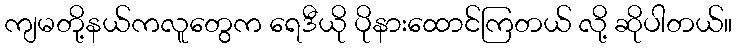
ကျမတို့နယ်ကလူတွေက ရေဒီယို ပိုနားထောင်ကြတယ် လို့ ဆိုပါတယ်။